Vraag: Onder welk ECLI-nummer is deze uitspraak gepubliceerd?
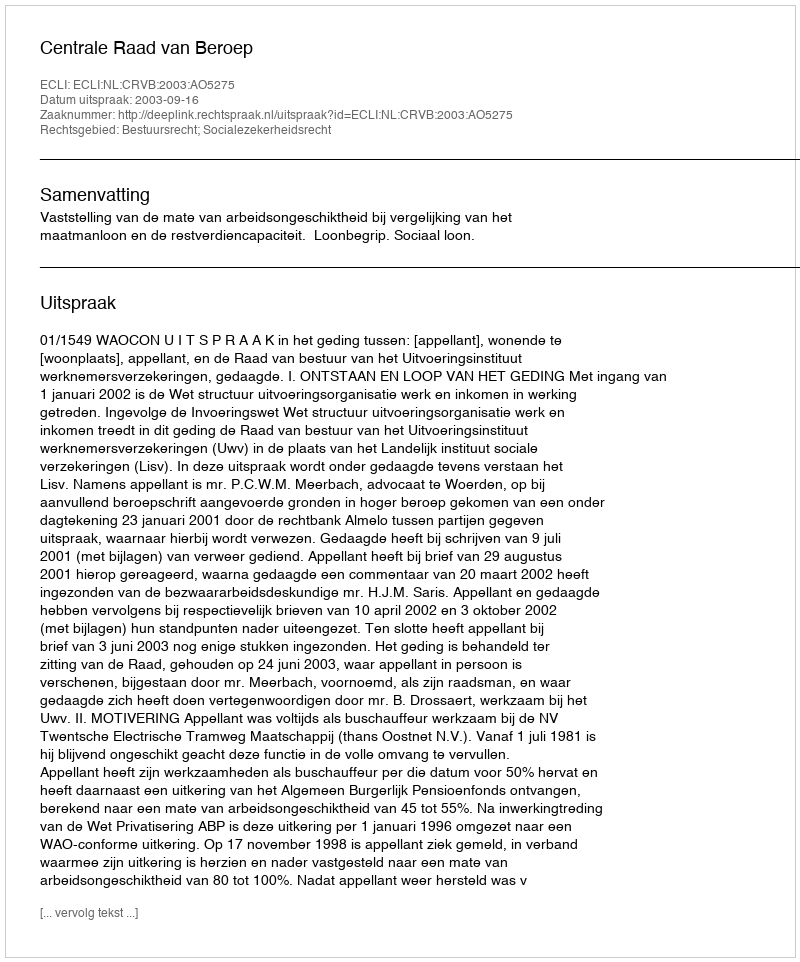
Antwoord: ECLI:NL:CRVB:2003:AO5275